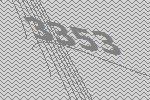
3353